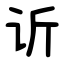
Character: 䜣